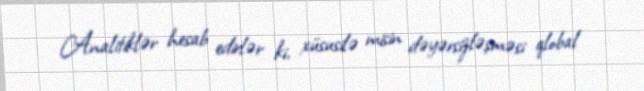
Analitiklər hesab edirlər ki, xüsusilə misin dəyərsizləşməsi qlobal